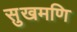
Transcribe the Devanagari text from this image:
सुखमणि